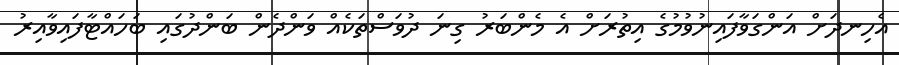
އެހިނދަށް އަންގަވާފައިނުވުމުގެ އިތުރަށް އެ މެންބަރު ގިނަ ދުވަސްތަކެއް ވަންދެން ބަންދުގައި ބަހައްޓާފައިވާއިރު